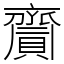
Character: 齎